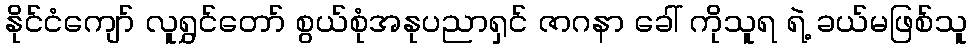
နိုင်ငံကျော် လူရွှင်တော် စွယ်စုံအနုပညာရှင် ဇာဂနာ ခေါ် ကိုသူရ ရဲ့ ခယ်မဖြစ်သူ